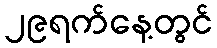
၂၉ရက်နေ့တွင်